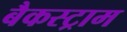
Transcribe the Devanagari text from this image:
बैकस्ट्राम